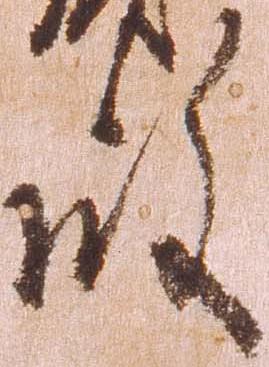
殿